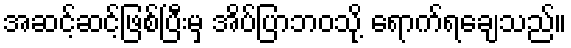
အဆင့်ဆင့်ဖြစ်ပြီးမှ အိပ်ပြာဘဝသို့ ရောက်ရချေသည်။